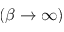
( \beta \to \infty )